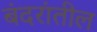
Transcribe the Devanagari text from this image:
बंदरांतील